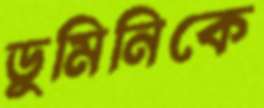
ডুমিনিকে